Civil Veterinary Department Bihar reports 1940-50 - 1940-1950
Year: 1940
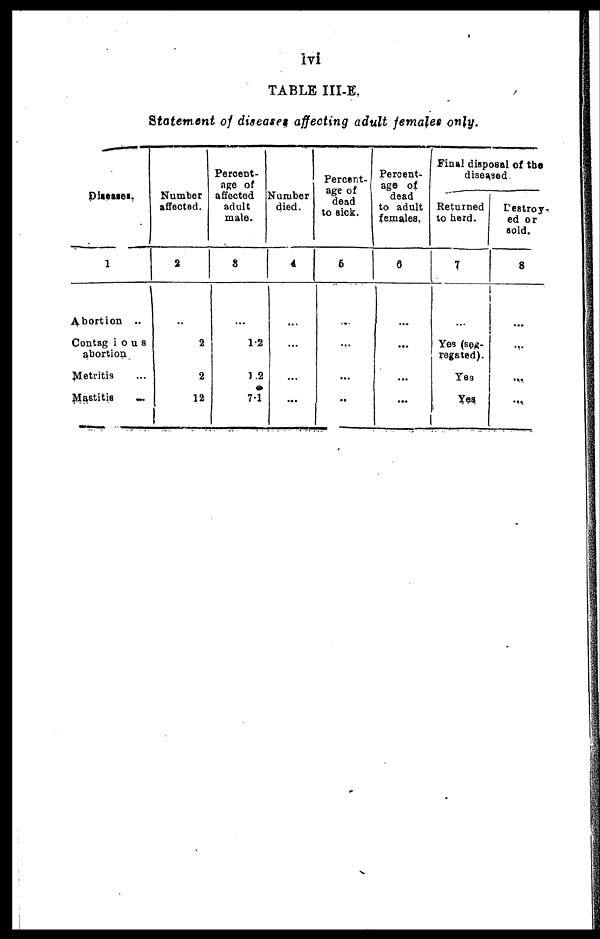
lvi
TABLE III-E.
Statement of diseases affecting adult females only.
Diseases.
1
Abortion ..
Contagious
abortion
Metritis …
Mastitis …
Number
affected.
2
..
2
2
12
Percent-
age of
affected
adult
male.
3
…
1.2
1.2
7.1
Number
died.
4
…
…
...
...
Percent-
age of
dead
to sick.
5
…
…
...
…
Percent-
age of
dead
to adult
females,
6
…
...
...
…
Final disposal of the
diseased.
Returned
to herd.
7
…
Yes (seg-
regated).
Yes
Yes
Destroy-
ed or
sold.
8
…
…
…
…